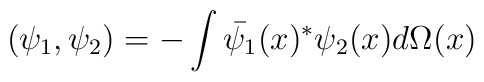
(\psi_1,\psi_2)=-\int \bar{\psi_1}(x)^* \psi_2(x) d\Omega(x)